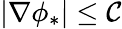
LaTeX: |\nabla\phi_{*}|\le\mathcal{C}